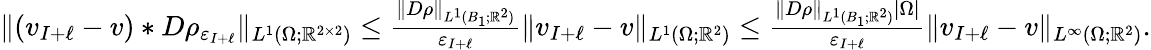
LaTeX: \begin{array}{r}{\| (v_{I+\ell}-v)\ast D\rho_{\varepsilon_{I+\ell}}\| _{L^{1}(\Omega;\mathbb R^{2\times 2})}\leq\frac{\| D\rho\| _{L^{1}(B_{1};\mathbb R^{2})}}{\varepsilon_{I+\ell}}\| v_{I+\ell}-v\| _{L^{1}(\Omega;\mathbb R^{2})}\leq\frac{\| D\rho\| _{L^{1}(B_{1};\mathbb R^{2})}|\Omega|}{\varepsilon_{I+\ell}}\| v_{I+\ell}-v\| _{L^{\infty}(\Omega;\mathbb R^{2})}.}\end{array}